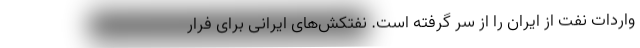
واردات نفت از ایران را از سر گرفته است. نفتکش‌های ایرانی برای فرار